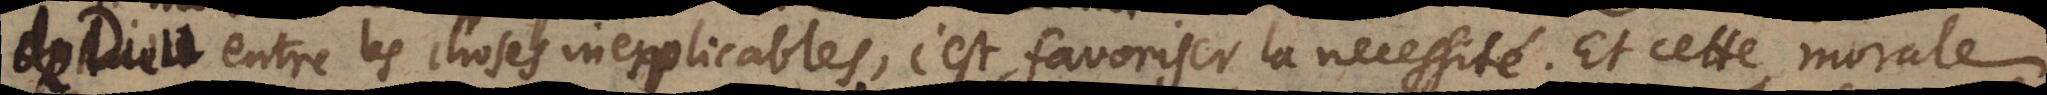
de Dieu entre les choses inexplicables, c’est favoriser la necessité. Et cette morale